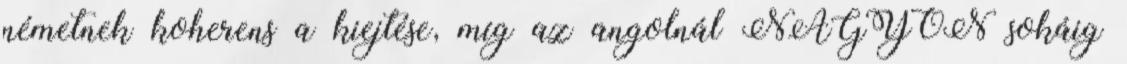
németnek koherens a kiejtése, míg az angolnál NAGYON sokáig